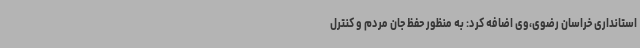
استانداری خراسان رضوی،وی اضافه کرد: به منظور حفظ جان مردم و کنترل